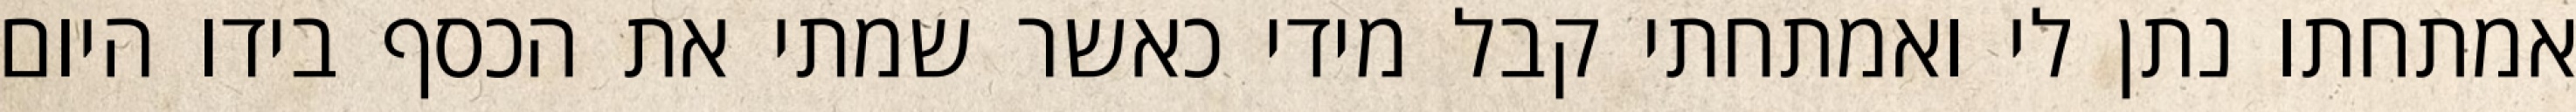
אמתחתו נתן לי ואמתחתי קבל מידי כאשר שמתי את הכסף בידו היום